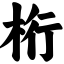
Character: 桁